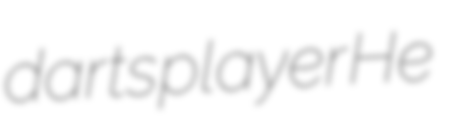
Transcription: darts player He